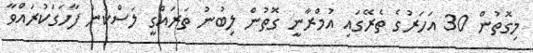
މިގޮތުން 30 އަހަރުގެ ތެރޭގައި އުމްރާނީ ގޮތުން ލިބުނު ތަރައްގީ ލަސްކަން ފާހަގަކުރައްވާ